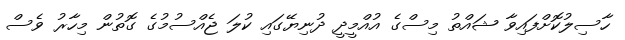
ހާސިލުކޮށްފައިވާ ޝައްތު މިސްގެ އުއްމީދީ ދުނިޔޭގައި ކުލަ ޖެއްސުމުގެ ގޮތުން މިހާރު ވެސް